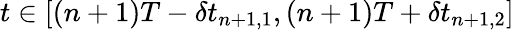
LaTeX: t\in[(n+1)T-\delta t_{n+1,1},(n+1)T+\delta t_{n+1,2}]